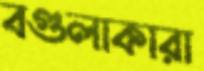
বগুলাকারা